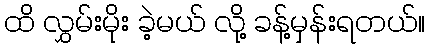
ထိ လွှမ်းမိုး ခဲ့မယ် လို့ ခန့်မှန်းရတယ်။